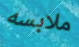
ملابسه